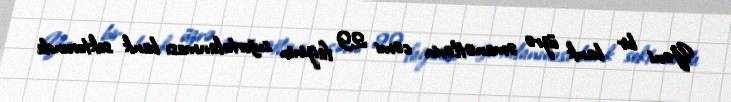
Yəni bir bank üzrə əmanətlərin cəmi 29 faizinin sığortalanması bank sektorunda